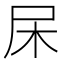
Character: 杘